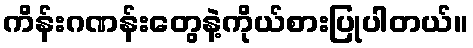
ကိန်းဂဏန်းတွေနဲ့ကိုယ်စားပြုပါတယ်။